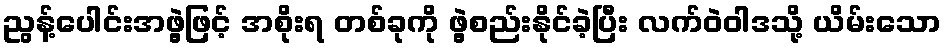
ညွန့်ပေါင်းအဖွဲ့ဖြင့် အစိုးရ တစ်ခုကို ဖွဲ့စည်းနိုင်ခဲ့ပြီး လက်ဝဲဝါဒသို့ ယိမ်းသော